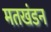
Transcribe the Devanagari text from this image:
मतखंडन